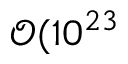
\mathcal { O } ( 1 0 ^ { 2 3 }